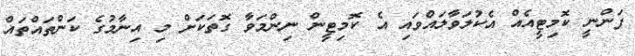
ފަންނީ ކޮމިޓީއެއް އެކުލަވާލައްވައި އެ ކޮމިޓީން ނިންމަވާ ގޮތަކަށް މި އިނާމުގެ ކަންތައްތައް